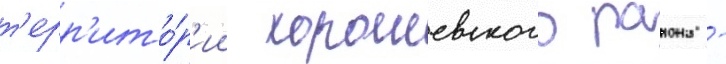
т'ерр'ито́р'ии хорошевского раиона -